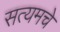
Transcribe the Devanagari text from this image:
सत्यमचे